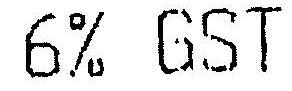
6% GST